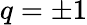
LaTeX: q=\pm 1